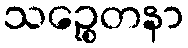
သဉ္စေတနာ